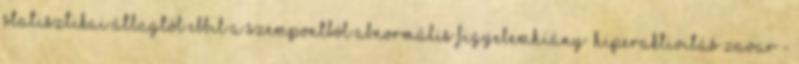
statisztikai átlagtól ebbıl a szempontból abnormális Figyelemhiány Hiperaktivitás Zavar -